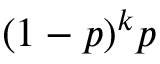
( 1 - p ) ^ { k } p